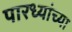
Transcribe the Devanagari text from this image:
पारध्यांच्या